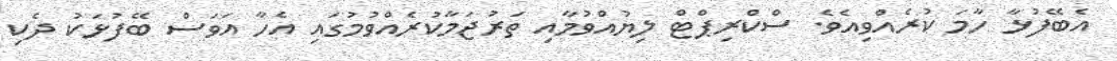
އެބޭފުޅާ ހާމަ ކުރެއްވިއެވެ. ސްކްރިޕްޓް ލިޔުއްވުމާއި ތަރުޖަމާކުރެއްވުމުގައި އެހާ އަވަސް ބޭފުޅަކު ދެކި